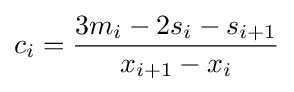
c_{i}={\frac {3m_{i}-2s_{i}-s_{i+1}}{x_{i+1}-x_{i}}}